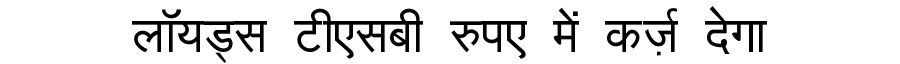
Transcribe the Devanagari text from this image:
लॉयड्स टीएसबी रुपए में कर्ज़ देगा